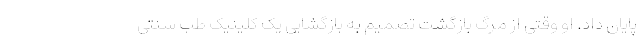
پایان داد. او وقتی از مرگ بازگشت تصمیم به بازگشایی یک کلینیک طب سنتی